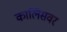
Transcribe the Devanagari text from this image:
कालिसवर